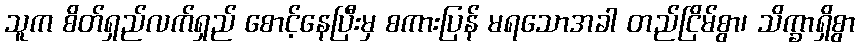
သူက စိတ်ရှည်လက်ရှည် စောင့်နေပြီးမှ စကားပြန် မရသောအခါ တည်ငြိမ်စွာ၊ သိက္ခာရှိစွာ